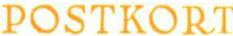
POSTKORT